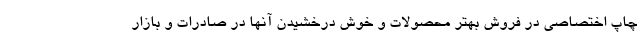
چاپ اختصاصی در فروش بهتر محصولات و خوش درخشیدن آنها در صادرات و بازار